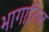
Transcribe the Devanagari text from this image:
भागातिल